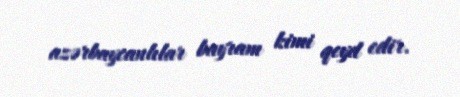
azərbaycanlılar bayram kimi qeyd edir.